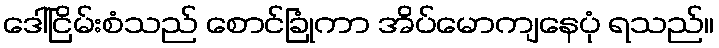
ဒေါ်ငြိမ်းစံသည် စောင်ခြုံကာ အိပ်မောကျနေပုံ ရသည်။